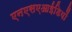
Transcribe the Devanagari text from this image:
एनएसएआईडियों